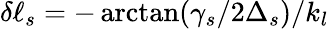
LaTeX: \delta\ell_{s}=-\arctan(\gamma_{s}/2\Delta_{s})/k_{l}